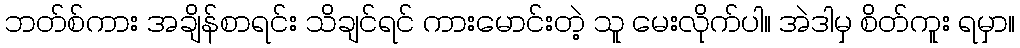
ဘတ်စ်ကား အချိန်စာရင်း သိချင်ရင် ကားမောင်းတဲ့ သူ မေးလိုက်ပါ။ အဲဒါမှ စိတ်ကူး ရမှာ။